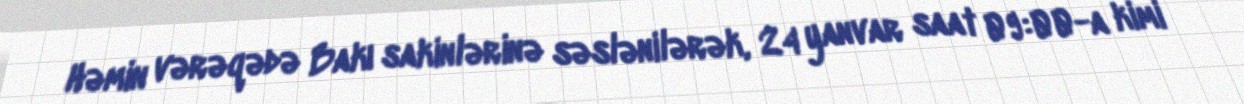
Həmin vərəqədə Bakı sakinlərinə səslənilərək, 24 yanvar saat 09:00-a kimi